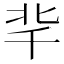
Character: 𠦞